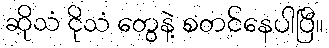
ဆိုသံ ငိုသံ တွေနဲ့ စတင်နေပါပြီ။